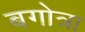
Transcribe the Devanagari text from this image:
बगोत्रा